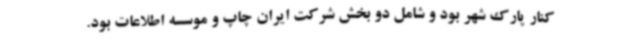
کنار پارک شهر بود و شامل دو بخش شرکت ایران چاپ و موسسه اطلاعات بود.